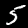
Label: 5